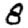
Digit: 8